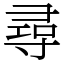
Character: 尋